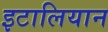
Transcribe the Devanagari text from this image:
इटालियान